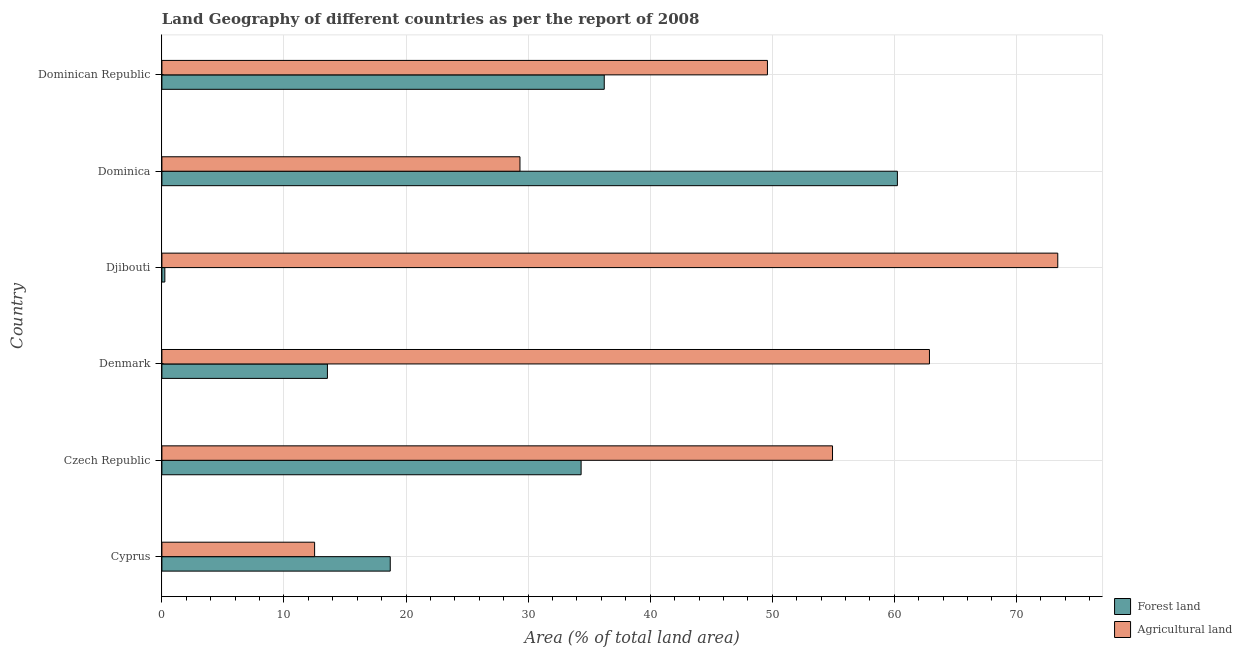
| Country | Forest land | Agricultural land |
 | --- | --- | --- |
 | Cyprus | 18.7 | 12.5 |
 | Czech Republic | 34.3 | 54.9 |
 | Denmark | 13.6 | 62.9 |
 | Djibouti | 0.242 | 73.4 |
 | Dominica | 60.3 | 29.3 |
 | Dominican Republic | 36.2 | 49.6 |